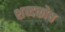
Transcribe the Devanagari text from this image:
शब्‍दकोष